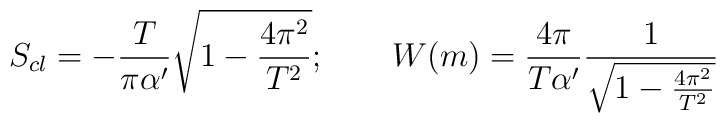
S_{cl} = - \frac{T}{\pi\alpha'} {\sqrt{1 - \frac{4\pi^2}{T^2}}};\qquad W(m) = \frac{4\pi}{T\alpha'} \frac{1}{\sqrt{1 - \frac{4\pi^2}{T^2}}}